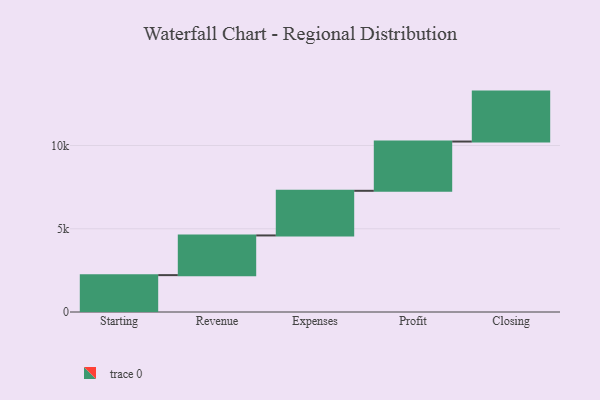
{"axis": {"x": "Step", "y": "Value"}, "legend": [""], "data": [{"x": "Starting", "y": 2215.0, "type": ""}, {"x": "Revenue", "y": 2384.0, "type": ""}, {"x": "Expenses", "y": 2682.0, "type": ""}, {"x": "Profit", "y": 2959.0, "type": ""}, {"x": "Closing", "y": 3000, "type": ""}]}